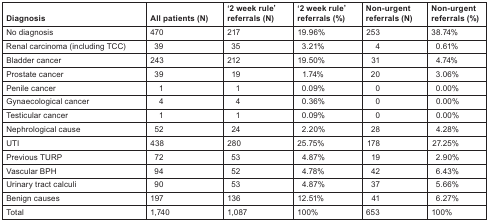
| Diagnosis | All patients (N) | ‘2 week rule’ referrals (N) | ‘2 week rule’ referrals (%) | Non-urgent referrals (N) | Non-urgent referrals (%) |
 | --- | --- | --- | --- | --- | --- |
 | No diagnosis | 470 | 217 | 19.96% | 253 | 38.74% |
 | Renal carcinoma (including TCC) | 39 | 35 | 3.21% | 4 | 0.61% |
 | Bladder cancer | 243 | 212 | 19.50% | 31 | 4.74% |
 | Prostate cancer | 39 | 19 | 1.74% | 20 | 3.06% |
 | Penile cancer | 1 | 1 | 0.09% | 0 | 0.00% |
 | Gynaecological cancer | 4 | 4 | 0.36% | 0 | 0.00% |
 | Testicular cancer | 1 | 1 | 0.09% | 0 | 0.00% |
 | Nephrological cause | 52 | 24 | 2.20% | 28 | 4.28% |
 | UTI | 438 | 280 | 25.75% | 178 | 27.25% |
 | Previous TURP | 72 | 53 | 4.87% | 19 | 2.90% |
 | Vascular BPH | 94 | 52 | 4.78% | 42 | 6.43% |
 | Urinary tract calculi | 90 | 53 | 4.87% | 37 | 5.66% |
 | Benign causes | 197 | 136 | 12.51% | 41 | 6.27% |
 | Total | 1,740 | 1,087 | 100% | 653 | 100% |